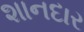
શાનદાર